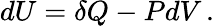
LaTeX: dU=\delta Q-PdV\, .